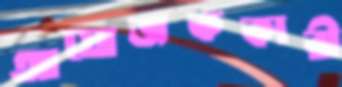
আয়োজককারী